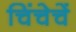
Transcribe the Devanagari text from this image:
चिंचेचें